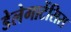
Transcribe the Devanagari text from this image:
डेलेगाटेंसिस